Insane asylums Bombay 1873-77 - 1873-1877
Year: 1873
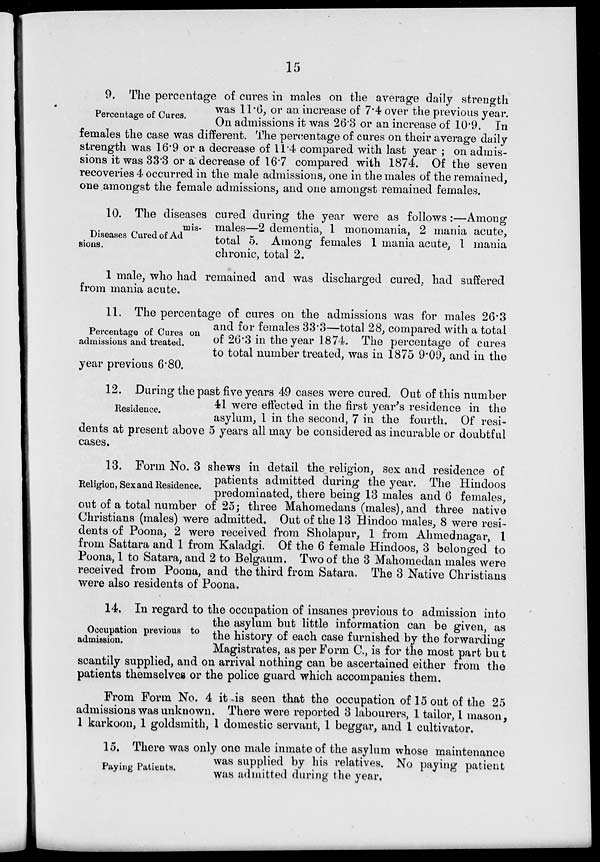
15
Percentage of Cures.
9. The percentage of cures in males on the average daily strength
was 11.6, or an increase of 7.4 over the previous year.
On admissions it was 26.3 or an increase of 10.9. In
females the case was different. The percentage of cures on their average daily
strength was 16.9 or a decrease of 11.4 compared with last year ; on admis-
sions it was 33.3 or a decrease of 16.7 compared with 1874. Of the seven
recoveries 4 occurred in the male admissions, one in the males of the remained,
one amongst the female admissions, and one amongst remained females.
Diseases Cured of Admis-
sions.
10. The diseases cured during the year were as follows:—Among
males—2 dementia, 1 monomania, 2 mania acute,
total 5. Among females 1 mania acute, 1 mania
chronic, total 2.
1 male, who had remained and was discharged cured, had suffered
from mania acute.
Percentage of Cures on
admissions and treated.
11. The percentage of cures on the admissions was for males 26.3
and for females 33.3—total 28, compared with a total
of 26.3 in the year 1874. The percentage of cures
to total number treated, was in 1875 9.09, and in the
year previous 6.80.
Residence.
12. During the past five years 49 cases were cured. Out of this number
41 were effected in the first year's residence in the
asylum, 1 in the second, 7 in the fourth. Of resi-
dents at present above 5 years all may be considered as incurable or doubtful
cases.
Religion, Sex and Residence.
13. Form No. 3 shews in detail the religion, sex and residence of
patients admitted during the year. The Hindoos
predominated, there being 13 males and 6 females,
out of a total number of 25; three Mahomedans (males), and three native
Christians (males) were admitted. Out of the 13 Hindoo males, 8 were resi-
dents of Poona, 2 were received from Sholapur, 1 from Ahmednagar, 1
from Sattara and 1 from Kaladgi. Of the 6 female Hindoos, 3 belonged to
Poona, 1 to Satara, and 2 to Belgaum. Two of the 3 Mahomedan males were
received from Poona, and the third from Satara. The 3 Native Christians
were also residents of Poona.
Occupation previous to
admission.
14. In regard to the occupation of insanes previous to admission into
the asylum but little information can be given, as
the history of each case furnished by the forwarding
Magistrates, as per Form C., is for the most part but
scantily supplied, and on arrival nothing can be ascertained either from the
patients themselves or the police guard which accompanies them.
From Form No. 4 it is seen that the occupation of 15 out of the 25
admissions was unknown. There were reported 3 labourers, 1 tailor, 1 mason,
1 karkoon, 1 goldsmith, 1 domestic servant, 1 beggar, and 1 cultivator.
Paying Patients.
15. There was only one male inmate of the asylum whose maintenance
was supplied by his relatives. No paying patient
was admitted during the year.